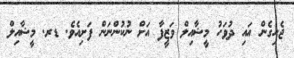
ޖެހިގެން އައި ދުވަހު މީޝާއިލް ވަޒީފާ އަށް ނުކުންނަން ފަށިއެވެ. ޑރ. މީޝާއިލް